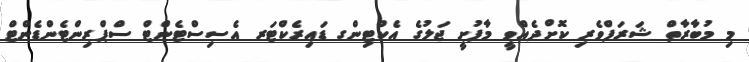
މި މުބާރާތް ޝަރަފްވެރި ކޮށްދެއްވީ މާފުށީ ޖަލުގެ އެކްޓިންގ ޑައިރެކްޓަރ އެސިސްޓެންޓް ސްޕްރިންޓެންޑެންޓް